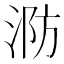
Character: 𭰤